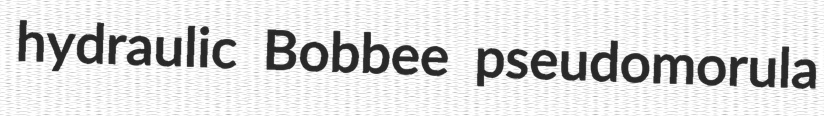
hydraulic Bobbee pseudomorula